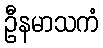
ဦနမာသကံ